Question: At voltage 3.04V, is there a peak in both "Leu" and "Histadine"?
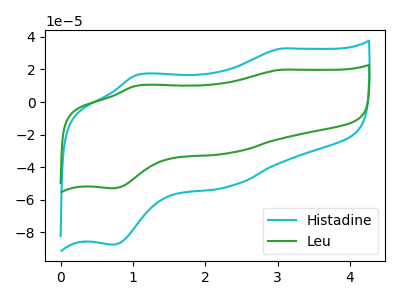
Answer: <think>The cyan curve "Histadine" has anodic peaks at (3.05V, 32.75uA) (1.05V, 16.70uA) and cathodic peaks at (2.30V, -51.85uA) (0.70V, -87.45uA). The green curve "Leu" has anodic peaks at (3.05V, 19.80uA) (1.05V, 10.10uA) and cathodic peaks at (2.30V, -31.35uA) (0.70V, -52.90uA).</think>
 <answer>Yes, "Leu" and "Histadine" share a peak at 3.04V.</answer>
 <eval>match</eval>